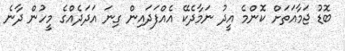
ބޮޑު ޖަމާއަތަށް ކޮންމެ އީދު ނަމާދެކޭ އެއްފަދައިން ގިނަ އަދަދެއްގެ މީހުން ދާނެ